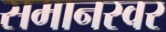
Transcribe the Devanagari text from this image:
समानस्वर